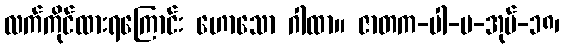
လက်ကိုင်ထားရကြောင်း ဟောသော ဂါထာ။ ဇာတက-ပါ-ပ-အုပ်-၁၈၊